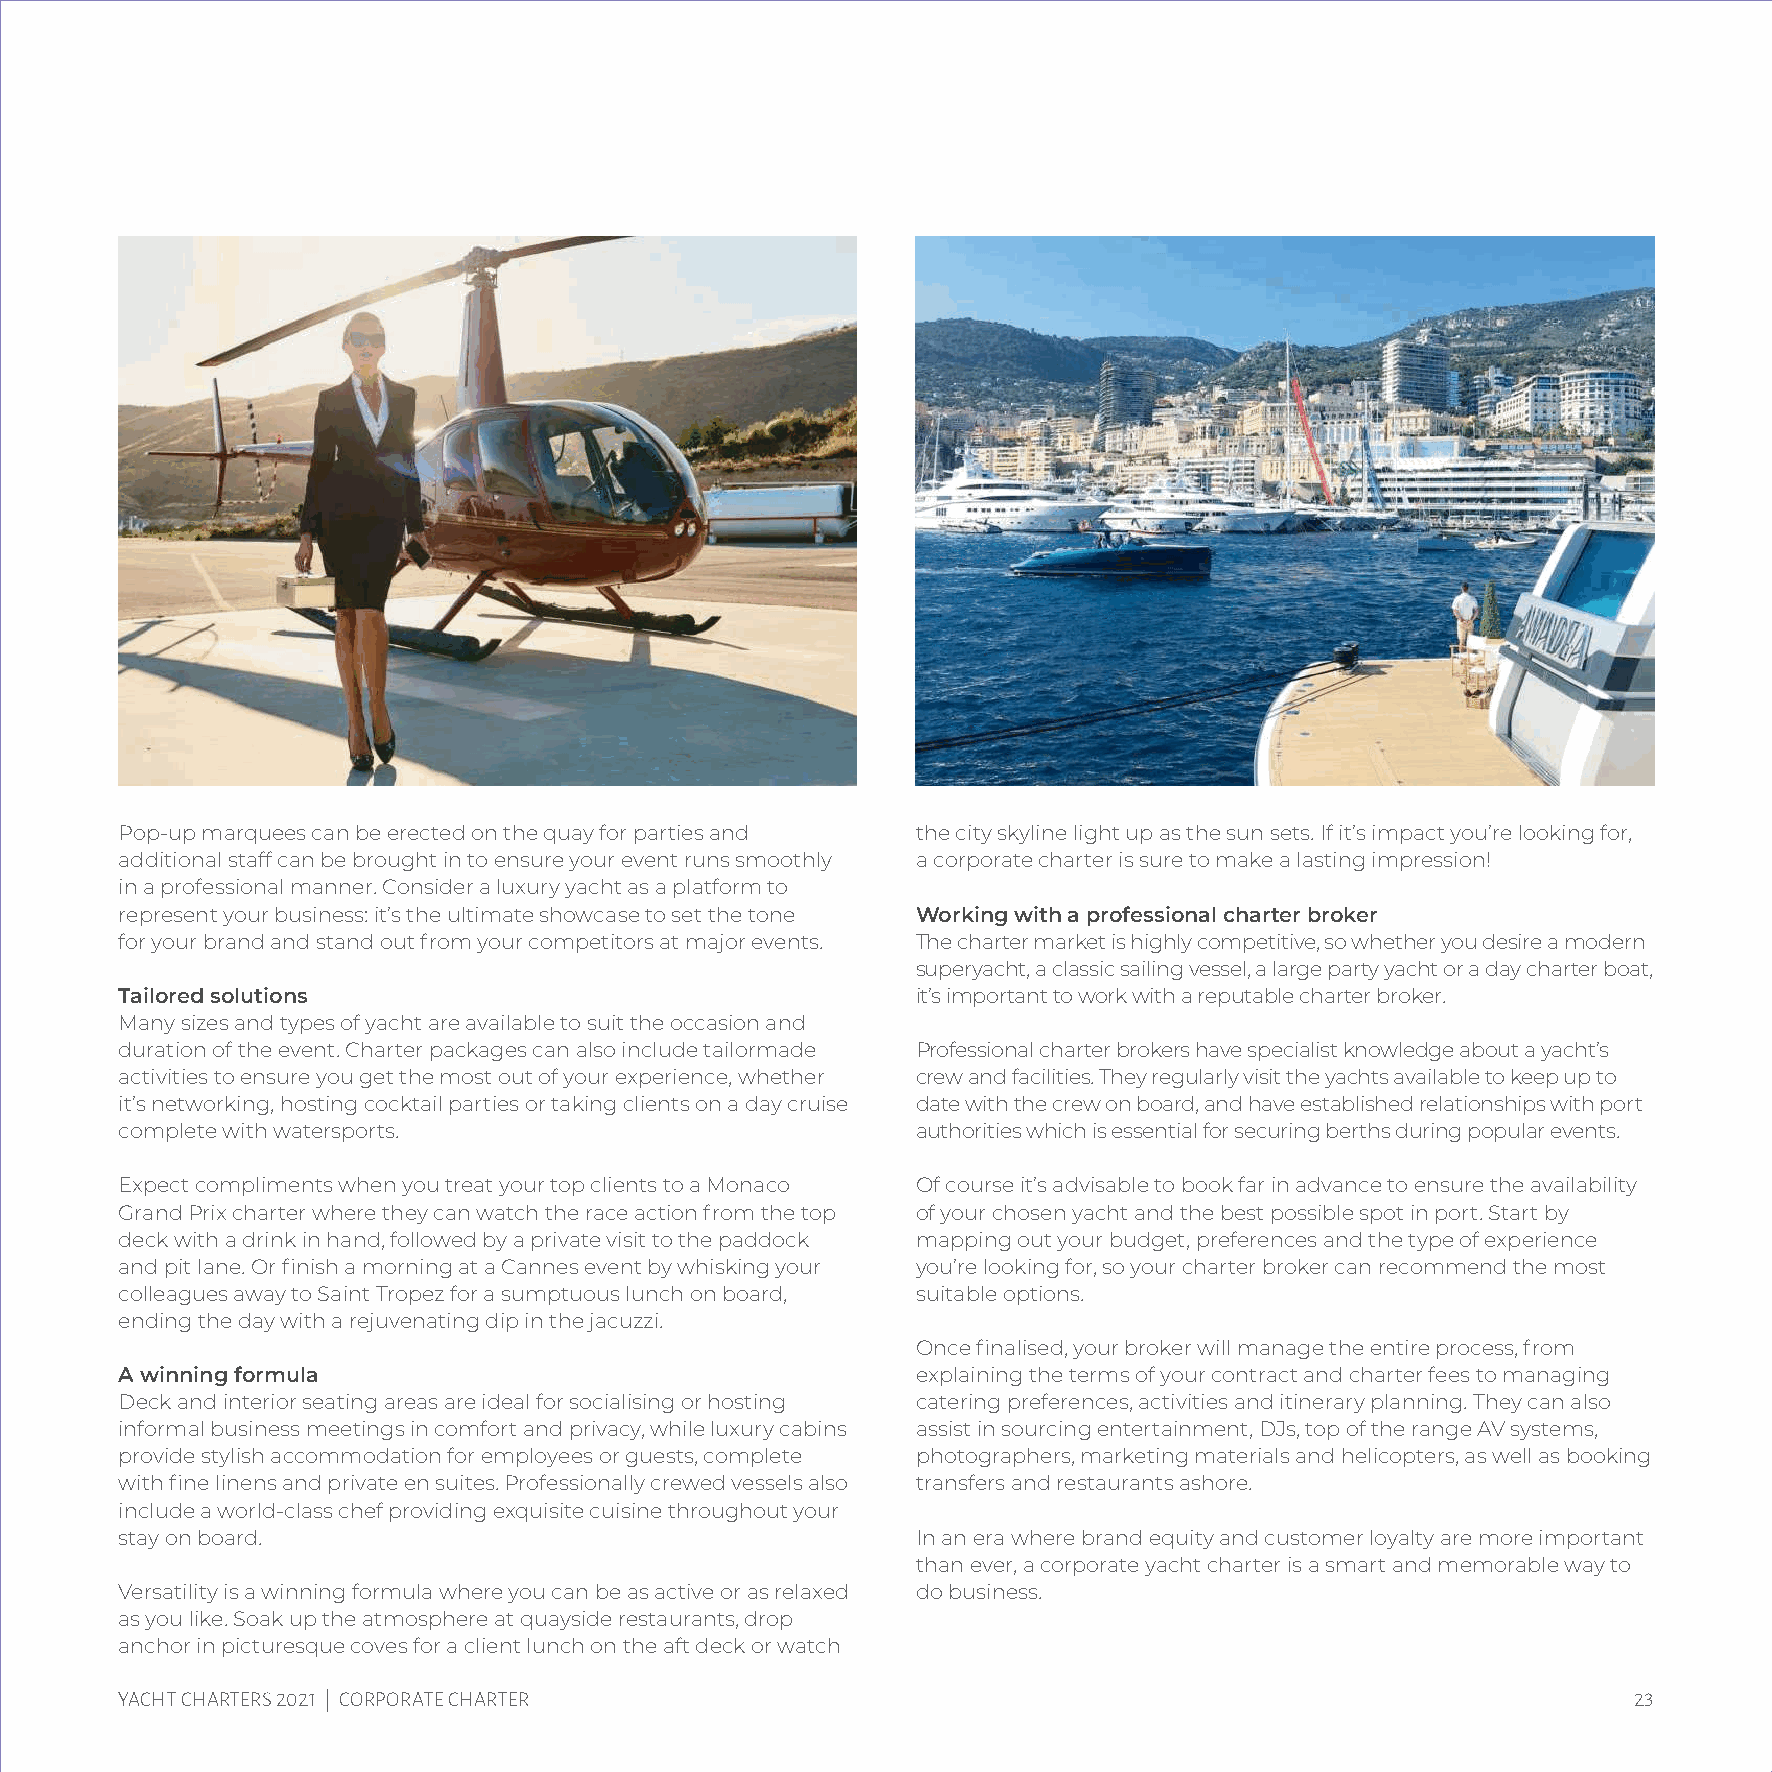
Pop-up marquees can be erected on the quay for parties and the city skyline light up as the sun sets. If it’s impact you’re looking for,
 additional staff can be brought in to ensure your event runs smoothly a corporate charter is sure to make a lasting impression!
 in a professional manner. Consider a luxury yacht as a platform to
 represent your business: it’s the ultimate showcase to set the tone Working with a professional charter broker
 for your brand and stand out from your competitors at major events. The charter market is highly competitive, so whether you desire a modern
 superyacht, a classic sailing vessel, a large party yacht or a day charter boat,
 Tailored solutions                                   it’s important to work with a reputable charter broker.
 Many sizes and types of yacht are available to suit the occasion and
 duration of the event. Charter packages can also include tailormade Professional charter brokers have specialist knowledge about a yacht’s
 activities to ensure you get the most out of your experience, whether crew and facilities. They regularly visit the yachts available to keep up to
 it’s networking, hosting cocktail parties or taking clients on a day cruise date with the crew on board, and have established relationships with port
 complete with watersports.                           authorities which is essential for securing berths during popular events.
 Expect compliments when you treat your top clients to a Monaco Of course it’s advisable to book far in advance to ensure the availability
 Grand Prix charter where they can watch the race action from the top of your chosen yacht and the best possible spot in port. Start by
 deck with a drink in hand, followed by a private visit to the paddock mapping out your budget, preferences and the type of experience
 and pit lane. Or finish a morning at a Cannes event by whisking your you’re looking for, so your charter broker can recommend the most
 colleagues away to Saint Tropez for a sumptuous lunch on board, suitable options.
 ending the day with a rejuvenating dip in the jacuzzi.
 Once finalised, your broker will manage the entire process, from
 A winning formula                                    explaining the terms of your contract and charter fees to managing
 Deck and interior seating areas are ideal for socialising or hosting catering preferences, activities and itinerary planning. They can also
 informal business meetings in comfort and privacy, while luxury cabins assist in sourcing entertainment, DJs, top of the range AV systems,
 provide stylish accommodation for employees or guests, complete photographers, marketing materials and helicopters, as well as booking
 with fine linens and private en suites. Professionally crewed vessels also transfers and restaurants ashore.
 include a world-class chef providing exquisite cuisine throughout your
 stay on board.                                       In an era where brand equity and customer loyalty are more important
 than ever, a corporate yacht charter is a smart and memorable way to
 Versatility is a winning formula where you can be as active or as relaxed do business.
 as you like. Soak up the atmosphere at quayside restaurants, drop
 anchor in picturesque coves for a client lunch on the aft deck or watch
 YACHT CHARTERS 2021 | CORPORATE CHARTER                                                             23